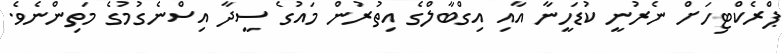
ޕްރެކްޓިހަށް ނެރުނީ ކުޑަހީނާ އާއި އިގްބާލްގެ އިތުރުން މައުގެ ސީދާ އިސްނެގުމުގެ މަތިންނެވެ.